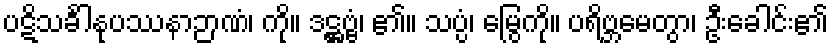
ပဋိသင်္ခါနုပဿနာဉာဏံ၊ ကို။ ဒဋ္ဌဗ္ဗံ၊ ၏။ သပ္ပံ၊ မြွေကို။ ပရိဗ္ဘမေတွာ၊ ဦးခေါင်း၏